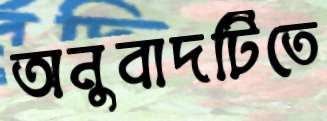
অনুবাদটিতে